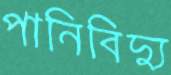
পানিবিদ্যু